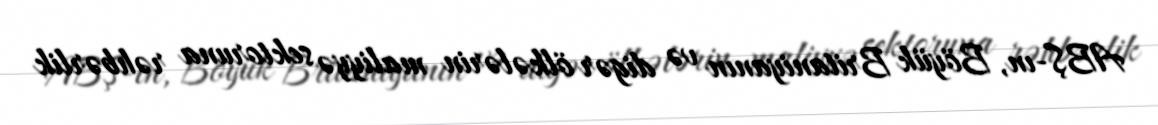
ABŞ-ın, Böyük Britaniyanın və digər ölkələrin maliyyə sektoruna rəhbərlik